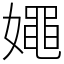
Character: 𡢘